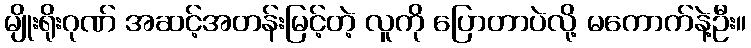
မျိုးရိုးဂုဏ် အဆင့်အတန်းမြင့်တဲ့ လူကို ပြောတာပဲလို့ မကောက်နဲ့ဦး။